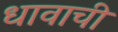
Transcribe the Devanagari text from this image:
धावाची